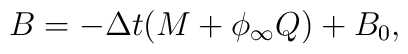
B=-\Delta t(M+\phi _{\infty }Q)+B_{0},